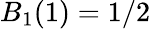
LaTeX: B_{1}(1)=1/2